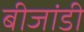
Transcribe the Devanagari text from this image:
बीजांडी